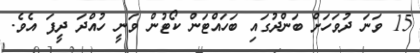
15 ވަނަ ދުވަހަށް ބަންދުގައި ބަހައްޓަން ކޯޓުން ވަނީ ހުއްދަ ދީފަ އެވެ.